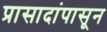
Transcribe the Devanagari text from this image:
प्रासादांपासून